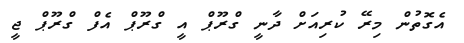
އެގޮތުން މިރޭ ކުރިއަށް ދާނީ ގްރޫޕް އީ ގްރޫޕް އެފް ގްރޫޕް ޖީ